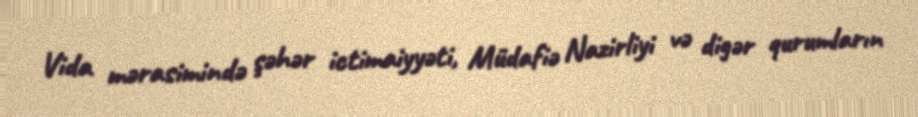
Vida mərasimində şəhər ictimaiyyəti, Müdafiə Nazirliyi və digər qurumların